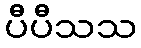
ပီပီသသ